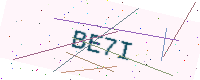
Text: BE7I